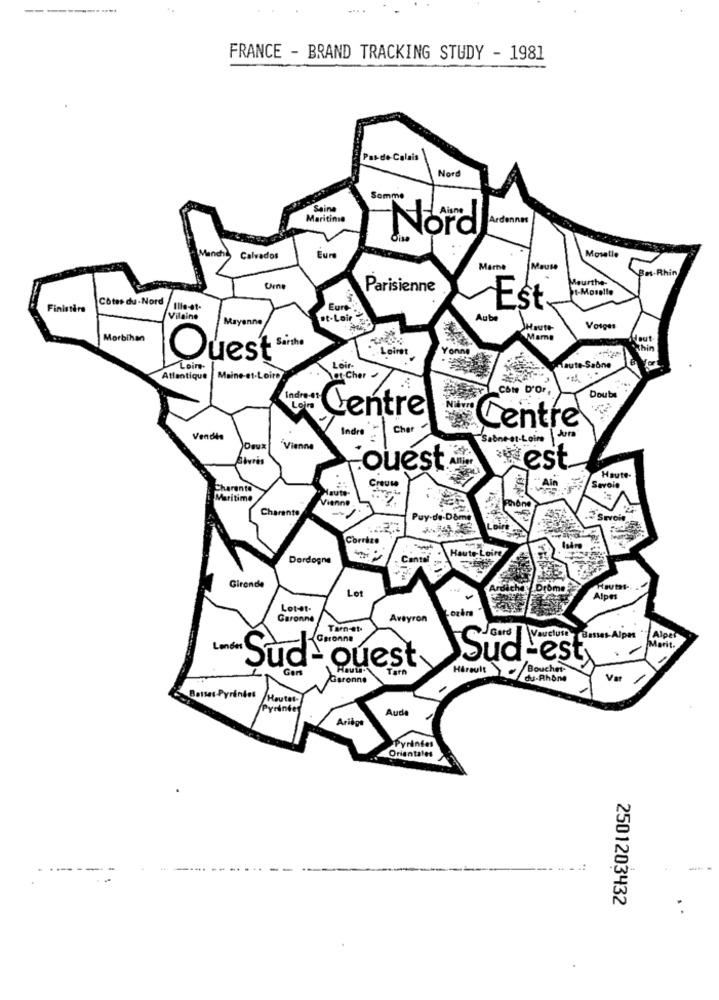
FRANCE - BRAND TRACKING STUDY - 1981
Pas-de- Calais
Nor
Somme
Seine
Maritinie
Ardennes
Nord
Calvados
Eur
Moselle
Marte
Meu
Bm.Rhin
Meurthe-
Parisienne
Côtes du-Nord
Finistira
Ille-et-
Eure
Est
Vilaine
et-Loir
Aube
Mayenne
faute
Vosges
Morbihan
Mama
shin
Quest sinth
Loiret
Loin
. .
Loir-
Haute-Saône
Atlantique
Maine-
1-Loire
et Cher
Cote D'Or
Indre-01-
Doubs
Loire
Centre
Indre
Cher
Centre
Vendte
Saône-et-loire
"Vienne
ouest
est
Creuse
Haute-
Charente
faute
Savoie
Maritime
Vienne
Charente
Puy-de-Dome
Corrize
Haute Loire
Dordogne
Cantal
Gironde
Lot
rôme;
Alper
Lot-et-
ogkra
Garonne
Aveyron
Garonne
Alpe
Marit.
Sud-ouest
Gert
Hireult
Bouchet-
Garonne
du-Rhone
Var
Basses Pyrénées
Houten
Pyrinte
Ariège
Aude
Pyringes
Orientales
2501203432